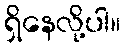
ရှိနေလို့ပါ။